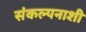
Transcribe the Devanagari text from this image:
संकल्पनाशी